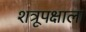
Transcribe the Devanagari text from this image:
शत्रूपक्षाला